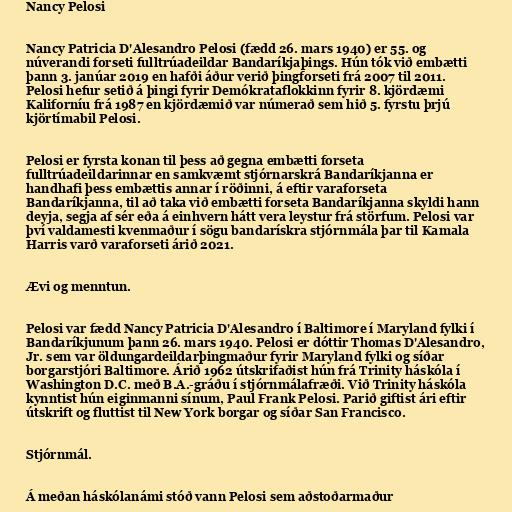
Nancy Pelosi

Nancy Patricia D'Alesandro Pelosi (fædd 26. mars 1940) er 55. og
núverandi forseti fulltrúadeildar Bandaríkjaþings. Hún tók við embætti
þann 3. janúar 2019 en hafði áður verið þingforseti frá 2007 til 2011.
Pelosi hefur setið á þingi fyrir Demókrataflokkinn fyrir 8. kjördæmi
Kaliforníu frá 1987 en kjördæmið var númerað sem hið 5. fyrstu þrjú
kjörtímabil Pelosi.

Pelosi er fyrsta konan til þess að gegna embætti forseta
fulltrúadeildarinnar en samkvæmt stjórnarskrá Bandaríkjanna er
handhafi þess embættis annar í röðinni, á eftir varaforseta
Bandaríkjanna, til að taka við embætti forseta Bandaríkjanna skyldi hann
deyja, segja af sér eða á einhvern hátt vera leystur frá störfum. Pelosi var
því valdamesti kvenmaður í sögu bandarískra stjórnmála þar til Kamala
Harris varð varaforseti árið 2021.

Ævi og menntun.

Pelosi var fædd Nancy Patricia D'Alesandro í Baltimore í Maryland fylki í
Bandaríkjunum þann 26. mars 1940. Pelosi er dóttir Thomas D'Alesandro,
Jr. sem var öldungardeildarþingmaður fyrir Maryland fylki og síðar
borgarstjóri Baltimore. Árið 1962 útskrifaðist hún frá Trinity háskóla í
Washington D.C. með B.A.-gráðu í stjórnmálafræði. Við Trinity háskóla
kynntist hún eiginmanni sínum, Paul Frank Pelosi. Parið giftist ári eftir
útskrift og fluttist til New York borgar og síðar San Francisco.

Stjórnmál.

Á meðan háskólanámi stóð vann Pelosi sem aðstoðarmaður